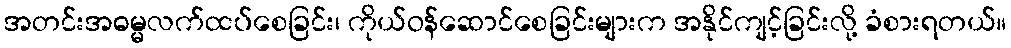
အတင်းအဓမ္မလက်ထပ်စေခြင်း၊ ကိုယ်ဝန်ဆောင်စေခြင်းများက အနိုင်ကျင့်ခြင်းလို့ ခံစားရတယ်။